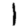
Digit: 1